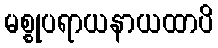
မစ္စုပရာယနာယထာပိ